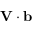
\mathbf { V } \cdot \mathbf { b }